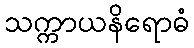
သက္ကာယနိရောဓံ